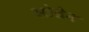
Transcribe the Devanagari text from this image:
सोडेन